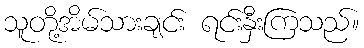
သူတို့အိမ်သားချင်း ရင်းနှီးကြသည်။